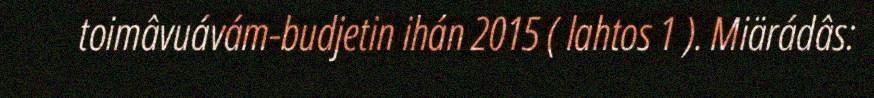
toimâvuávám-budjetin ihán 2015 ( lahtos 1 ). Miärádâs: